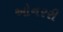
ઓનરરી